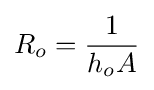
R_{o}={\frac {1}{h_{o}A}}